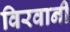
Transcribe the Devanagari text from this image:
विरवानी